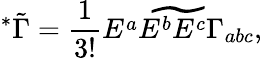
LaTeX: ^*\tilde{\Gamma}={\frac{1}{3!}}\widetilde{E^{a}E^{b}E^{c}\Gamma_{abc}},